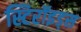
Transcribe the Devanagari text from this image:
स्टिरॉइड्स